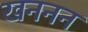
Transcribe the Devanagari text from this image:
खननन